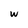
Character: w